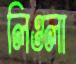
লিওলা